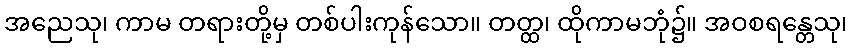
အညေသု၊ ကာမ တရားတို့မှ တစ်ပါးကုန်သော။ တတ္ထ၊ ထိုကာမဘုံ၌။ အဝစရန္တေသု၊